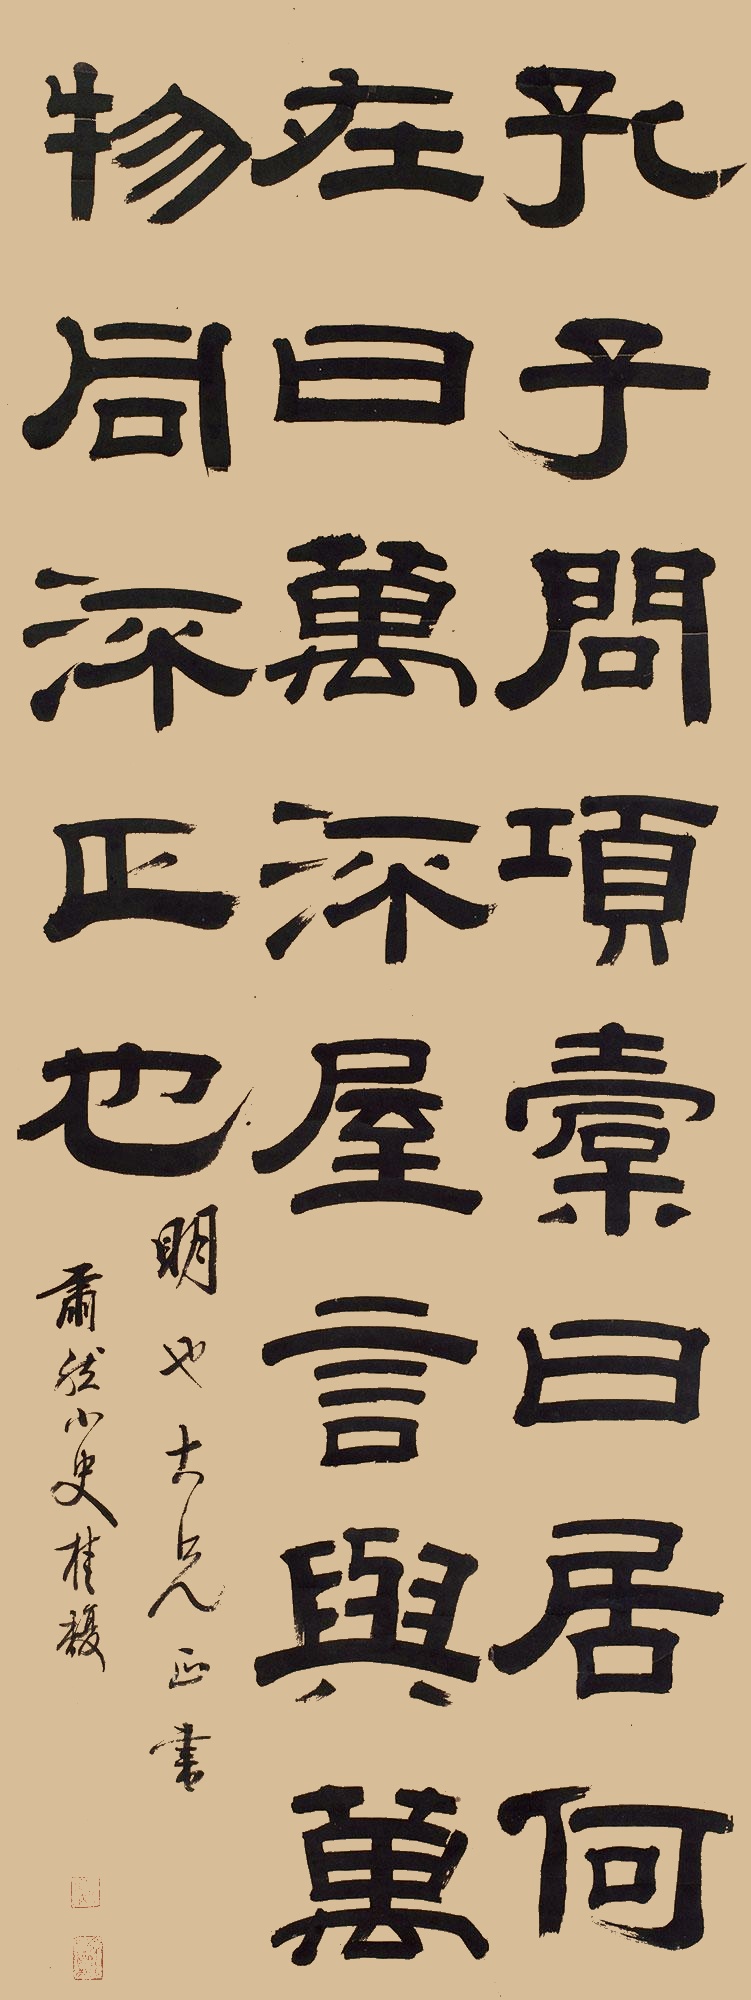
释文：孔子问项橐曰：‘居何在？’曰：‘万流屋。’‘言与万物同流匹也。’。明也大兄正书，肃然山史桂馥。